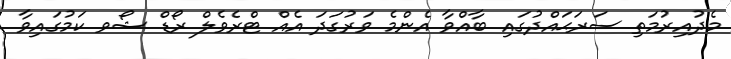
މެދުއިރުމަތި ސަރަޙައްދުގައި ބާއްވާ އެންމެ ވަރުގަދަ އެއް ޓްރެވެލް ރޯޑް ޝޯވ ކަމުގައިވާ